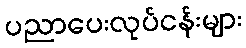
ပညာပေးလုပ်ငန်းများ